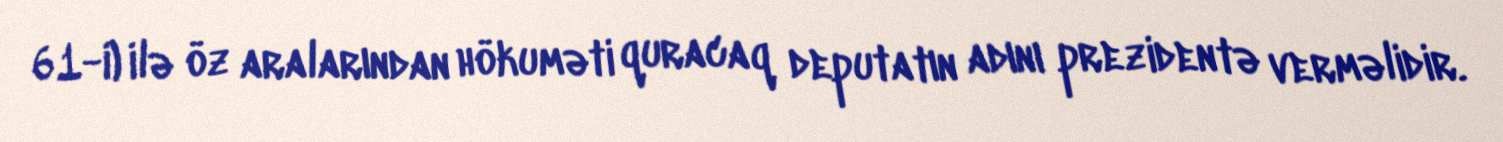
61-i) ilə öz aralarından hökuməti quracaq deputatın adını prezidentə verməlidir.